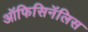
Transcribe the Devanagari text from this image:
ऑफिसिनॅलिस